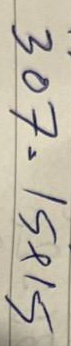
307 = 15x15